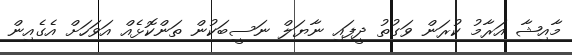
މާއިޝާ އަރާމު ކުރަން ވަގުތު ދީފައި ނާޔަލް ނަސީބަކުން ތަންކޮޅެއް އަވަހަށް އެގެއިން